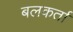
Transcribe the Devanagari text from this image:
बलकर्ता